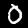
Digit: 0